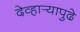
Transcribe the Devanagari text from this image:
देव्हार्‍यापुढे